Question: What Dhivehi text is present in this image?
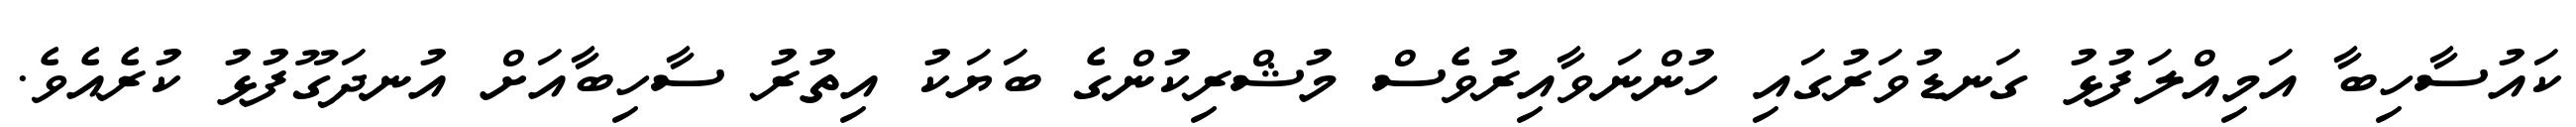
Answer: ކައުސާހިބާ އަމިއްލަފުޅު ގަނޑުވަރުގައި ހުންނަވާއިރުވެސް މުޝްރިކުންގެ ބަޔަކު އިތުރު ސާހިބާއަށް އުނދަގޫފުޅު ކުރެއެވެ.